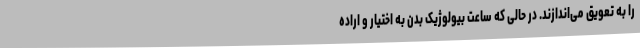
را به تعویق می‌اندازند. در حالی که ساعت بیولوژیک بدن به اختیار و اراده